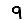
Digit: 9